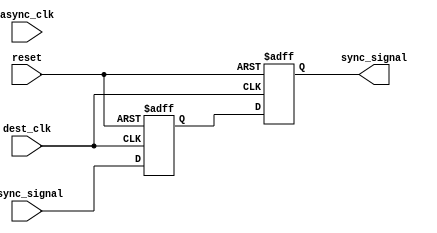
module dual_flip_flop_synchronizer (
    input wire async_clk,        // Asynchronous clock domain
    input wire dest_clk,         // Destination clock domain
    input wire async_signal,      // Asynchronous input signal
    input wire reset,            // Reset signal
    output reg sync_signal       // Synchronized output signal
);

    // Internal signals for the flip-flops
    reg ff1_out;                // Output of the first flip-flop

    // First flip-flop (FF1) to capture the async_signal
    always @(posedge dest_clk or posedge reset) begin
        if (reset) begin
            ff1_out <= 1'b0;    // Initialize FF1 output to 0 on reset
        end else begin
            ff1_out <= async_signal; // Capture async_signal on dest_clk edge
        end
    end

    // Second flip-flop (FF2) to capture the output of FF1
    always @(posedge dest_clk or posedge reset) begin
        if (reset) begin
            sync_signal <= 1'b0; // Initialize sync_signal to 0 on reset
        end else begin
            sync_signal <= ff1_out; // Capture FF1 output on dest_clk edge
        end
    end

endmodule